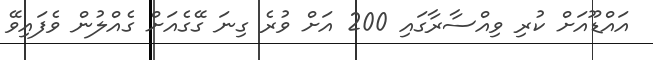
އައްޑޫއަށް ކުރި ވިއްސާރާގައި 200 އަށް ވުރެ ގިނަ ގޭގެއަށް ގެއްލުން ވެފައިވޭ